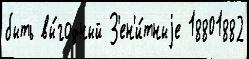
быть вы́годный З'ен'и́тныjе 18801882